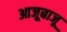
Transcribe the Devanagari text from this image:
आजूबाजू